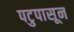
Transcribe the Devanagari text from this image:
पटुपासून